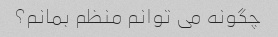
چگونه می توانم منظم بمانم؟